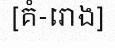
[គំ-រោង]